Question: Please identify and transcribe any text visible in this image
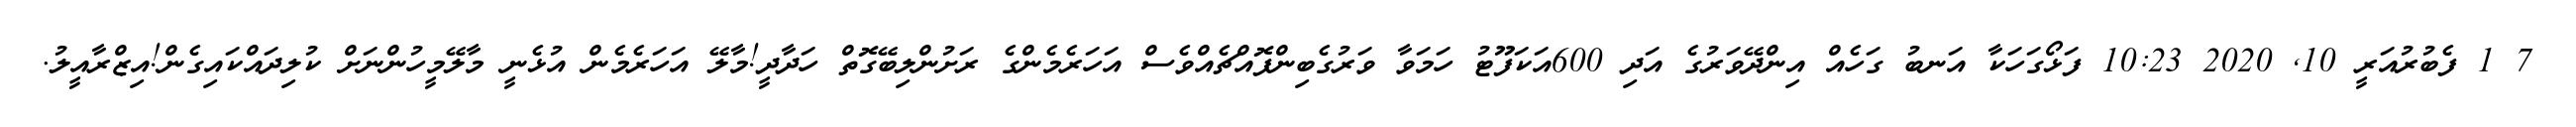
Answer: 7 1 ފެބުރުއަރީ 10, 2020 10:23 ފަޅޯގަހަކާ އަނބު ގަހެއް އިންދޭވަރުގެ އަދި 600އަކަފޫޓު ހަމަވާ ވަރުގެބިންފޮއްޗެއްވެސް އަހަރެމެންގެ ރަށުންލިބޭގޮތް ހަދާދީ!މާލޭ އަހަރެމެން އުޅެނީ މާލޭމީހުންނަށް ކުލިދައްކައިގެން!އިޒްރާއީލު.